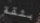
بثقة